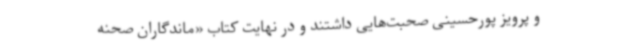
و پرویز پورحسینی صحبت‌هایی داشتند و در نهایت کتاب «ماندگاران صحنه